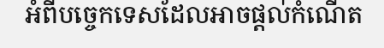
អំពីបច្ចេកទេសដែលអាចផ្តល់កំណើត